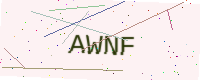
Text: AWNF